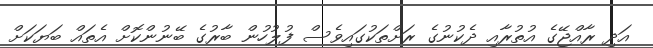
އަދި ރާއްޖޭގެ އުތުރާއި ދެކުނުގެ ރަށްތަކުގައިވެސް ފުލުހުން ބާރުގެ ބޭނުންކޮށް އެތައް ބަޔަކަށް